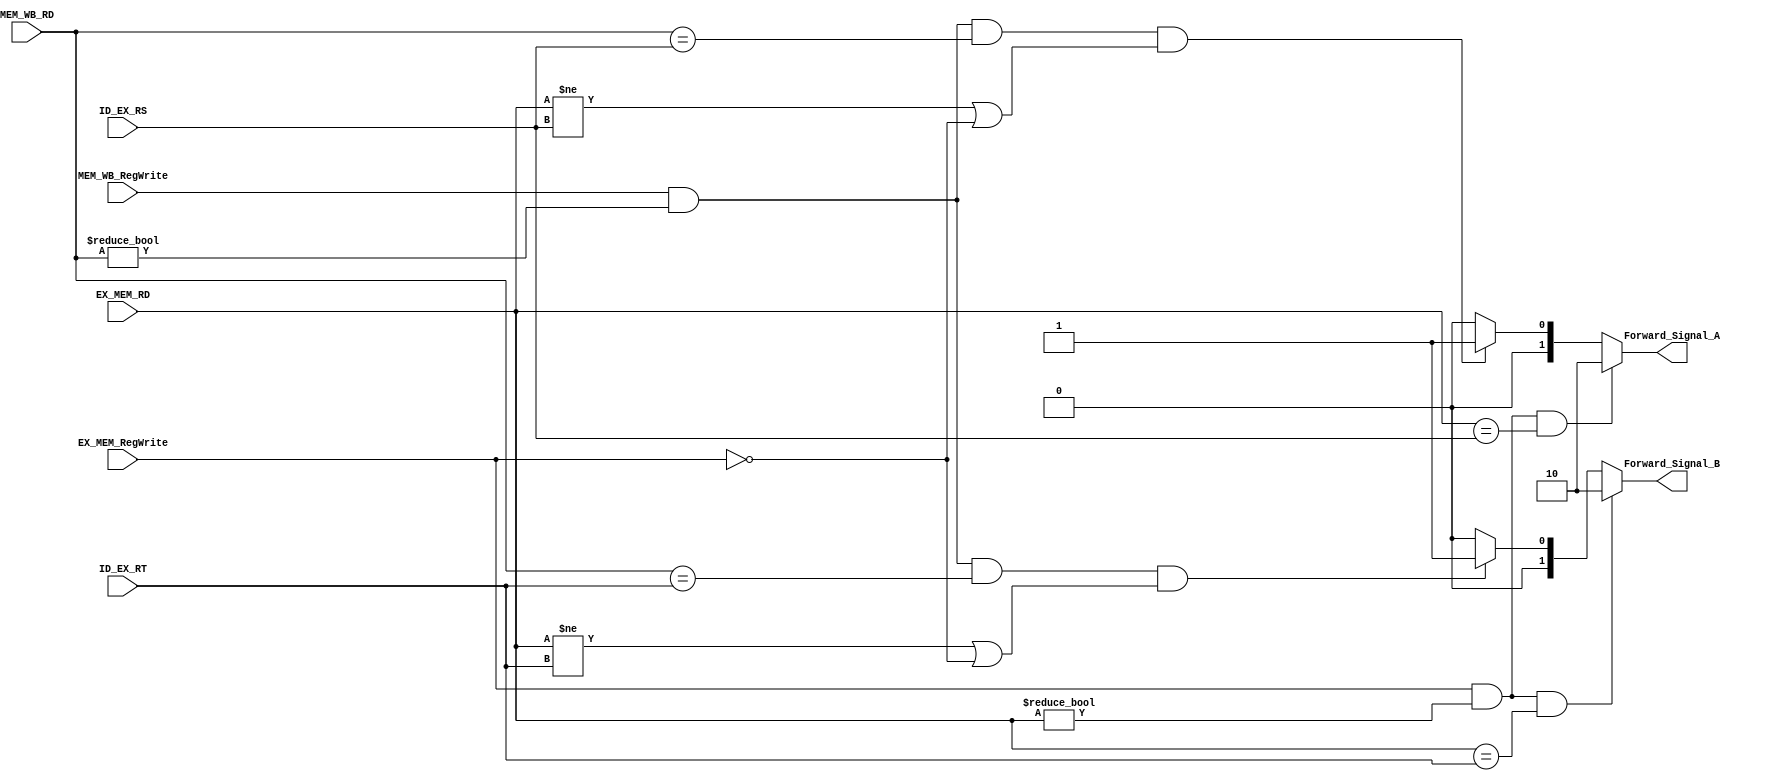
module ForwardUnit
(EX_MEM_RD,
MEM_WB_RD,
ID_EX_RS,
ID_EX_RT,
EX_MEM_RegWrite,
MEM_WB_RegWrite,
Forward_Signal_A,
Forward_Signal_B);
  input [4:0]EX_MEM_RD;
  input [4:0]MEM_WB_RD;
  input [4:0]ID_EX_RS;
  input [4:0]ID_EX_RT;
  input EX_MEM_RegWrite;
  input MEM_WB_RegWrite;
  
  output reg[1:0]Forward_Signal_A;
  output reg[1:0]Forward_Signal_B;

  always@(*)
  begin
  if(EX_MEM_RegWrite&&EX_MEM_RD!=5'b0&&EX_MEM_RD==ID_EX_RS)
        Forward_Signal_A=2'b10;
    else
    if(MEM_WB_RegWrite&&MEM_WB_RD!=5'b0&&MEM_WB_RD==ID_EX_RS&&(EX_MEM_RD!=ID_EX_RS||!EX_MEM_RegWrite))
      Forward_Signal_A=2'b01;
      else Forward_Signal_A=2'b00;
  end
  
  always@(*)
  begin
    if(EX_MEM_RegWrite&&EX_MEM_RD!=5'b0&&EX_MEM_RD==ID_EX_RT)
        Forward_Signal_B=2'b10;
    else
      if(MEM_WB_RegWrite&&MEM_WB_RD!=5'b0&&MEM_WB_RD==ID_EX_RT&&(EX_MEM_RD!=ID_EX_RT||!EX_MEM_RegWrite))
        Forward_Signal_B=2'b01;
      else Forward_Signal_B=2'b00;
  end
endmodule